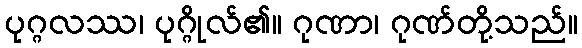
ပုဂ္ဂလဿ၊ ပုဂ္ဂိုလ်၏။ ဂုဏာ၊ ဂုဏ်တို့သည်။